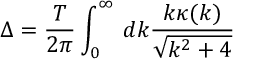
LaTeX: \Delta = \frac { T } { 2 \pi } \int _ { 0 } ^ { \infty } \, d k \frac { k \kappa ( k ) } { \sqrt { k ^ { 2 } + 4 } }